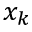
x _ { k }